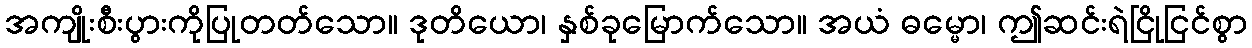
အကျိုးစီးပွားကိုပြုတတ်သော။ ဒုတိယော၊ နှစ်ခုမြောက်သော။ အယံ ဓမ္မော၊ ဤဆင်းရဲငြိုငြင်စွာ